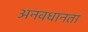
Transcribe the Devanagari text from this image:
अनवधानता